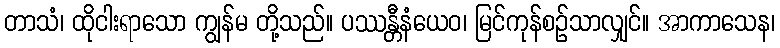
တာသံ၊ ထိုငါးရာသော ကျွန်မ တို့သည်။ ပဿန္တီနံယေဝ၊ မြင်ကုန်စဉ်သာလျှင်။ အာကာသေန၊